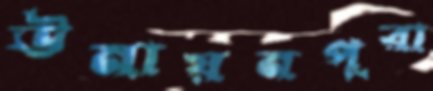
ঊনায়নপুরা